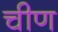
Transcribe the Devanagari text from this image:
चीण